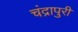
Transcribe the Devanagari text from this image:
चंद्रापुरी